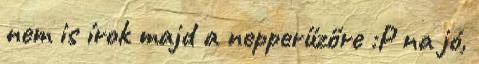
nem is írok majd a nepperűzőre :P na jó,